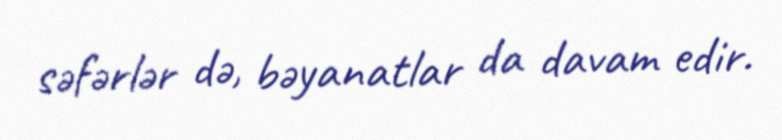
səfərlər də, bəyanatlar da davam edir.